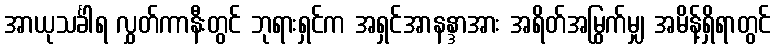
အာယုသင်္ခါရ လွှတ်ကာနီးတွင် ဘုရားရှင်က အရှင်အာနန္ဒာအား အရိတ်အမြွက်မျှ အမိန့်ရှိရာတွင်